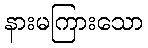
နားမကြားသော